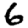
Digit: 6